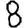
Digit: 8